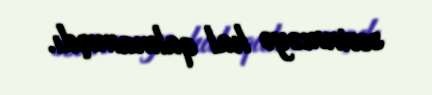
sevinməyə hal qalmamışdı.